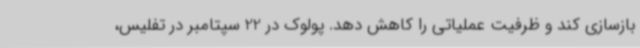
بازسازی کند و ظرفیت عملیاتی را کاهش دهد. پولوک در 22 سپتامبر در تفلیس،